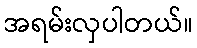
အရမ်းလှပါတယ်။